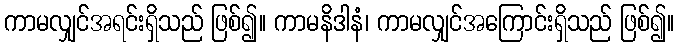
ကာမလျှင်အရင်းရှိသည် ဖြစ်၍။ ကာမနိဒါနံ၊ ကာမလျှင်အကြောင်းရှိသည် ဖြစ်၍။